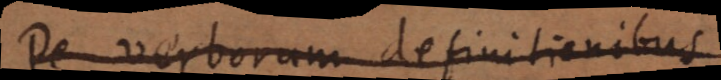
De verborum definitionibus.